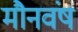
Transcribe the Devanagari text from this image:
मौनवंष